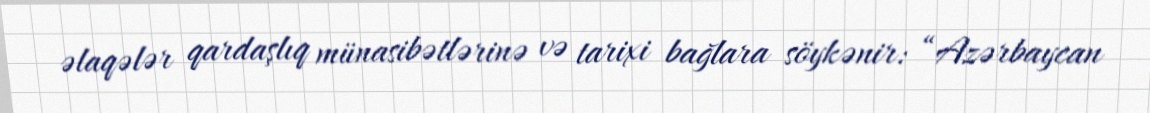
əlaqələr qardaşlıq münasibətlərinə və tarixi bağlara söykənir: “Azərbaycan